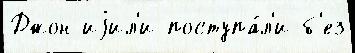
Джон иjил'и поступа́л'и б'ез